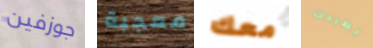
جوزفين معجبة معك بطردك